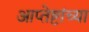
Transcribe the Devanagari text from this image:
आप्‍तेष्टांच्या